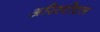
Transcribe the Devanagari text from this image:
अरिस्टोटल